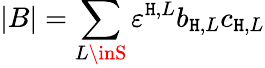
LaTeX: |B|=\sum_{L\inS}\varepsilon^{\mathtt{H},L}b_{\mathtt{H},L}c_{\mathtt{H},L}